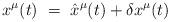
LaTeX: \begin{align*}x^\mu (t) ~=~ {\hat x}^\mu (t) + \delta x^\mu (t)\end{align*}